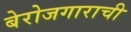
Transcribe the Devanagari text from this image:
बेरोजगाराची